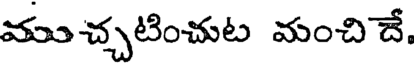
ముచ్చటించుట మంచి దే.